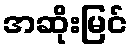
အဆိုးမြင်